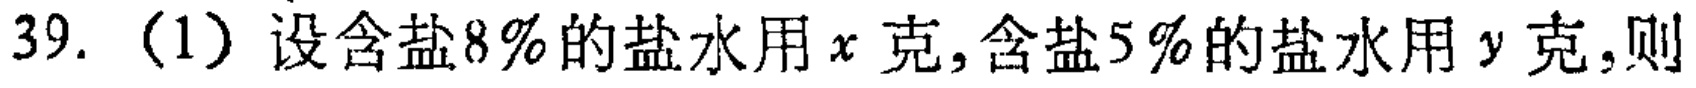
39.（1）设含盐8%的盐水用\(x\)克,含盐5%的盐水用\(y\)克,则